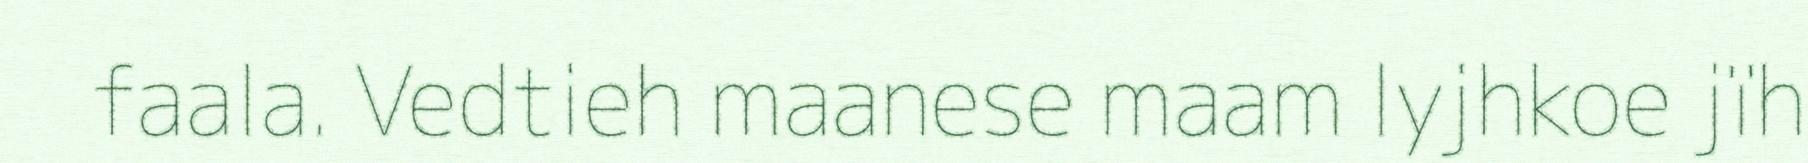
faala. Vedtieh maanese maam lyjhkoe jïh